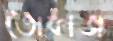
তোফাজ